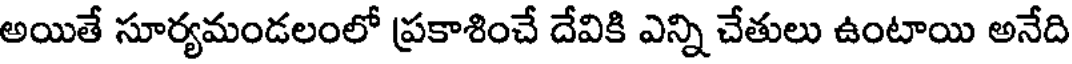
అయితే సూర్యమండలంలో ప్రకాశించే దేవికి ఎన్ని చేతులు ఉంటాయి అనేది